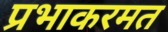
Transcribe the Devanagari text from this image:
प्रभाकरमत